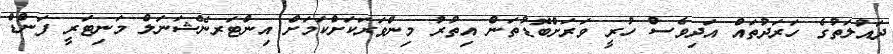
ދައުލަތުގެ ހަރަދުތައް އަދިވެސް ހުރީ ވަރަށްބޮޑުތަން އިތުރު މިންވަރަކަށްކަމަށް އިންޓަރނޭޝަނަލް މަނިޓަރީ ފަންޑް